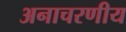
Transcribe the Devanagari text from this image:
अनाचरणीय